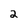
Character: 2